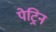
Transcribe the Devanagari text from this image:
पेट्रिन